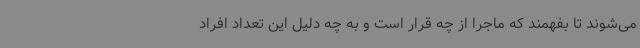
می‌شوند تا بفهمند که ماجرا از چه قرار است و به چه دلیل این تعداد افراد